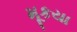
મૂકયા